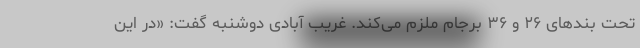
تحت بندهای ۲۶ و ۳۶ برجام ملزم می‌کند. غریب آبادی دوشنبه گفت: «در این